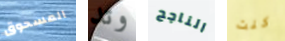
المسحوق وتد الناجح كنت